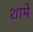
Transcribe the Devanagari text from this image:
शामे